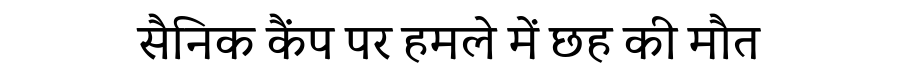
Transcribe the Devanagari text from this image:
सैनिक कैंप पर हमले में छह की मौत